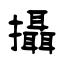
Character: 攝